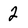
Character: 2